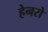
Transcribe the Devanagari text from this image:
हेनरो